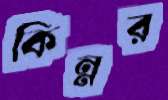
কিন্নর